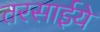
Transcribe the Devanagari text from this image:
तरसाईये